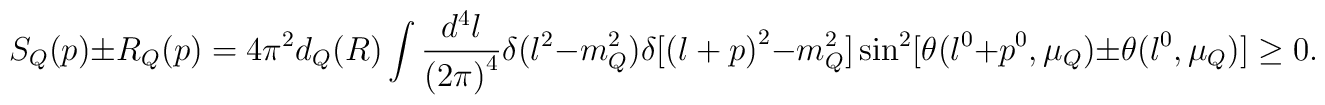
S_Q(p)\pm R_Q(p)=4\pi^2d_Q(R)\int \frac{d^4l}{{(2\pi)}^4}                \delta(l^2-m_Q^2)\delta[{(l+p)}^2-m_Q^2]                \sin^2[\theta(l^0+p^0,\mu_Q)\pm \theta(l^0, \mu_Q)]\geq 0.